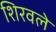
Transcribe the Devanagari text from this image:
शिरवले